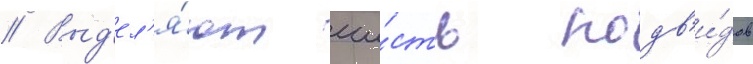
// Выд'ел'я́ют ше́сть подв'и́дов